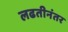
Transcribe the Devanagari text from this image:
लढतीनंतर